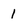
Character: 1